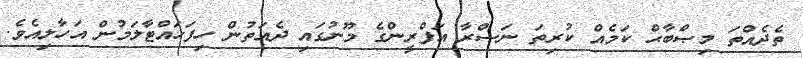
ތެދެއްތަ މިޞްބާޙް ކަމެއް ކުރިތަ ނަޞްރާ އަފްރީންގެ މޫނުގައި ދެއަތުން ހިފަހައްޓާލަމުން އަހާލިއެވެ.